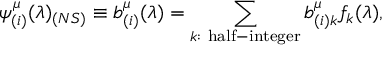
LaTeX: \psi _ { ( i ) } ^ { \mu } ( \lambda ) _ { ( N S ) } \equiv b _ { ( i ) } ^ { \mu } ( \lambda ) = \sum _ { k : \mathrm { \footnotesize ~ h a l f - i n t e g e r } } b _ { ( i ) k } ^ { \mu } f _ { k } ( \lambda ) ,